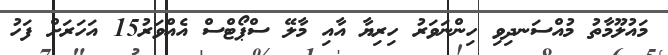
މައުލޫމާތު މުއްސަނދިވި ހިންނަވަރު ހިރިޔާ އާއި މާލޭ ސްޕޯޓްސް އެއްވަރު15 އަހަރަށް ފަހު